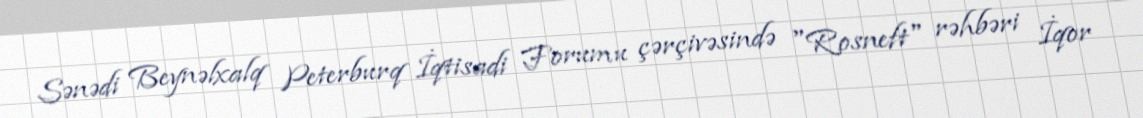
Sənədi Beynəlxalq Peterburq İqtisadi Forumu çərçivəsində "Rosneft" rəhbəri İqor